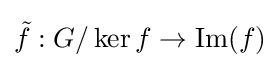
{\tilde {f}}:G/\ker f\to \mathrm {Im} (f)